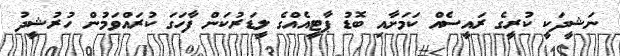
ނަޝީދަކީ ކުރީގެ ރައީސެއް ކަމަށާއި ބޮޑު ޕާޓީއެއްގެ ލީޑަރުކަން ފާހަގަ ކުރައްވަމުން ހުރުޝީދު